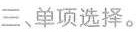
三、单项选择.。